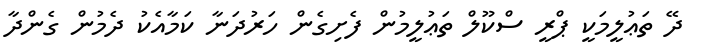
ދޭ ތަޢުލީމަކީ ޕްރީ ސްކޫލް ތަޢުލީމުން ފެށިގެން ހަރުދަނާ ކަމާއެކު ދެމުން ގެންދާ